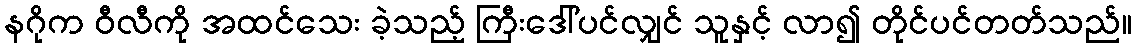
နဂိုက ဝီလီကို အထင်သေး ခဲ့သည့် ကြီးဒေါ်ပင်လျှင် သူနှင့် လာ၍ တိုင်ပင်တတ်သည်။